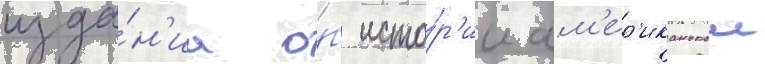
изда́н'иа о́б исто́р'ии ам'ер'иканскои